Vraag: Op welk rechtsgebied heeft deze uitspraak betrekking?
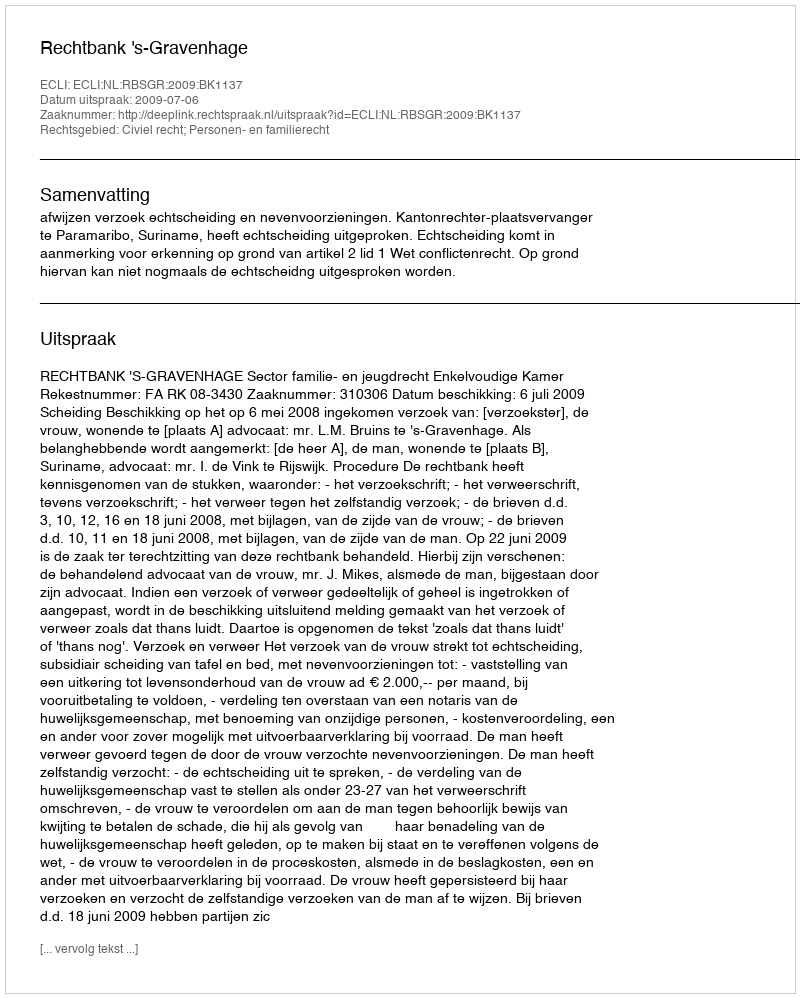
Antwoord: Civiel recht; Personen- en familierecht